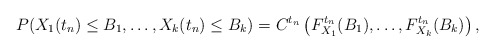
\begin{align*}P(X_1(t_n)\le B_1,\ldots,X_k(t_n)\le B_k) = C^{t_n}\left(F_{X_1}^{t_n}(B_1),\ldots,F_{X_k}^{t_n}(B_k)\right),\end{align*}